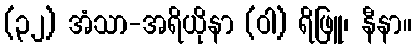
(၃၂) အံသာ-အရိယိုနာ (ဝါ) ရိဖြူ၊ နီနာ။